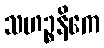
သဟဉ္စနိကေ